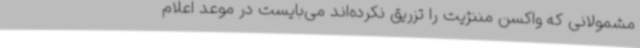
مشمولانی که واکسن مننژیت را تزریق نکرده‌اند می‌بایست در موعد اعلام